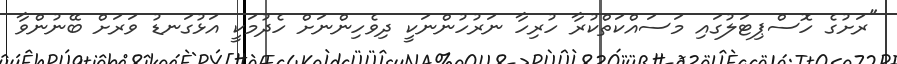
"ރަށުގެ ހޮސްޕިޓަލުގައި މަސައްކަތްކުރާ ހުރިހާ ނަރުހުންނަކީ ދިވެހިންނަށް ހެދުމަކީ އަޅުގަނޑު ވަރަށް ބޭނުންވާ